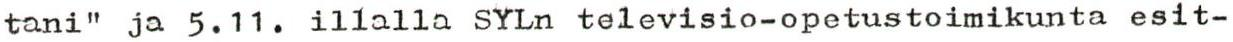
tani" ja 5.11. illalla SYLn televisio-opetustoimikunta esit-